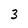
Character: 3